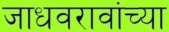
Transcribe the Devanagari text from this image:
जाधवरावांच्या